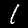
Label: 1